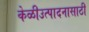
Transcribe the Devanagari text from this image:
केळीउत्पादनासाठी